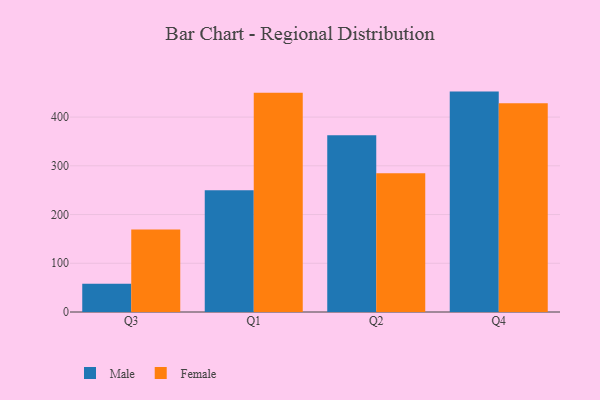
{"axis": {"x": "Quarter", "y": "Headcount"}, "legend": ["Female", "Male"], "data": [{"x": "Q3", "y": 58.0, "type": "Male"}, {"x": "Q3", "y": 169.5, "type": "Female"}, {"x": "Q1", "y": 249.6, "type": "Male"}, {"x": "Q1", "y": 449.9, "type": "Female"}, {"x": "Q2", "y": 362.6, "type": "Male"}, {"x": "Q2", "y": 284.7, "type": "Female"}, {"x": "Q4", "y": 452.3, "type": "Male"}, {"x": "Q4", "y": 428.3, "type": "Female"}]}